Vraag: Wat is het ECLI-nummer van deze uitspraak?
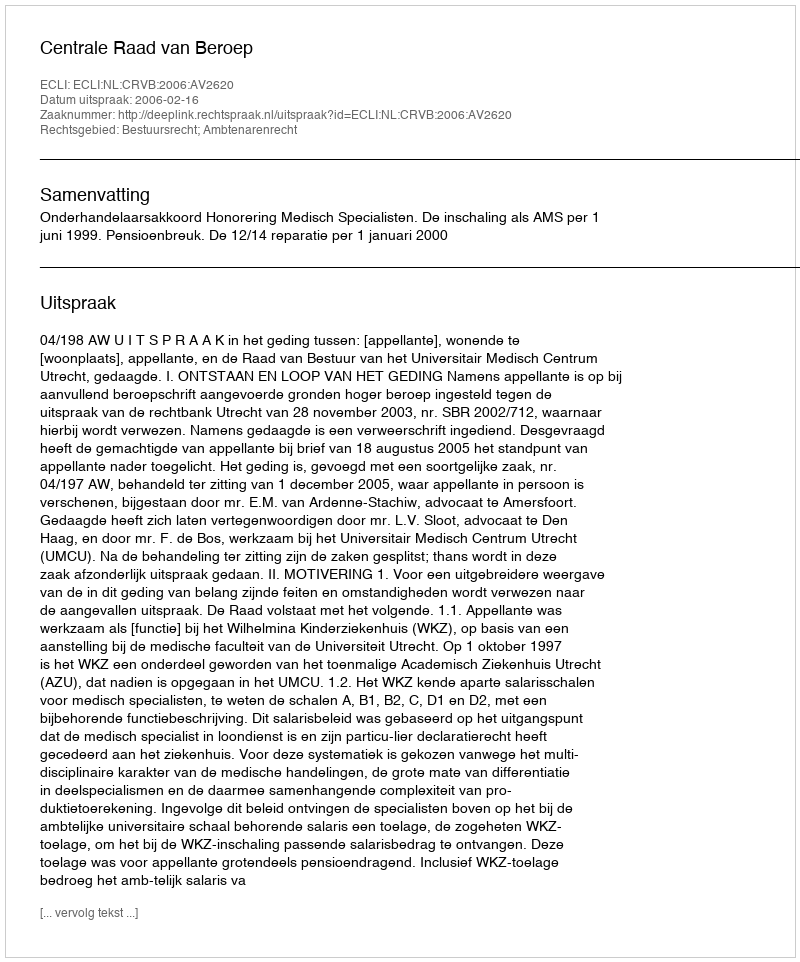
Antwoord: ECLI:NL:CRVB:2006:AV2620